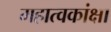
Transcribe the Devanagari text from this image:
महात्वकांक्षा